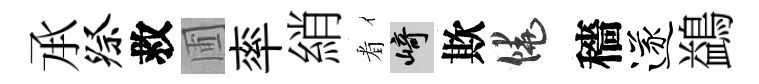
𠄘祭救圃率綃㸔崎欺饒穡遂鷁